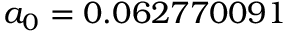
a _ { 0 } = 0 . 0 6 2 7 7 0 0 9 1